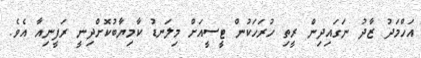
އަހްމަދު ޒާދު ނަގައިދިން ރީތި ހުރަހަކުން ޓީސީއަށް މިލަނޑު ކާމިޔާބުކޮށްދިނީ ރަފީނިއާ އެވެ.